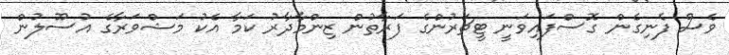
ވެސް ފެނިގެން ގޮސްފައިވަނީ ޓީޗަރުންގެ ފަރާތުން ޒިންމާދާރު ކަމާ އެކު މަޝްވަރާގެ އުސޫލުން